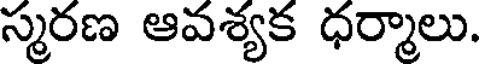
స్మరణ ఆవశ్యక ధర్మాలు.